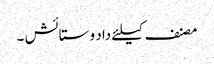
مصنف کیلئے داد و ستائش ۔